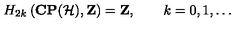
H _ { 2 k } \left( { \bf C P } ( { \cal H } ) , { \bf Z } \right) = { \bf Z } , \qquad k = 0 , 1 , \ldots